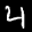
Digit: 2